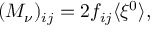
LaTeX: ( { \cal M } _ { \nu } ) _ { i j } = 2 f _ { i j } \langle \xi ^ { 0 } \rangle ,